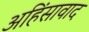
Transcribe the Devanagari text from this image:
अहिंसावाद